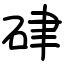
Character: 硉